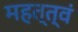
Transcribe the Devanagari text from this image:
महत्त्वं